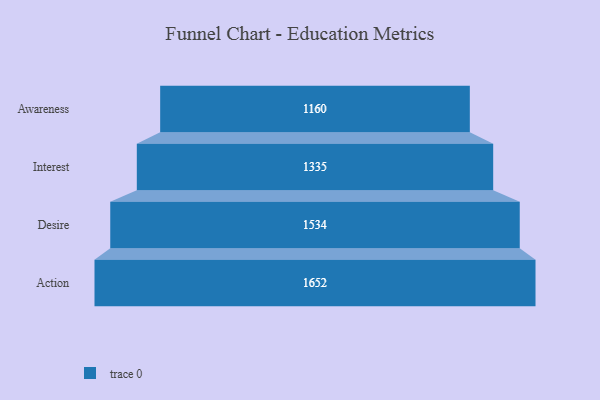
{"axis": {"x": "Stage", "y": "Value"}, "legend": [""], "data": [{"x": "Awareness", "y": 1160.0, "type": ""}, {"x": "Interest", "y": 1335.0, "type": ""}, {"x": "Desire", "y": 1534.0, "type": ""}, {"x": "Action", "y": 1652.0, "type": ""}]}